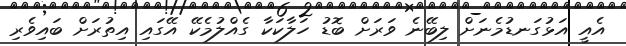
އެއީ އަޅުގަނޑުމެނަށް ލިބޭނެ ވަރަށް ބޮޑު ހަލާކަކާ ގެއްލުމެކޭ އޭގައި އިތުރަށް ބައިވެރި